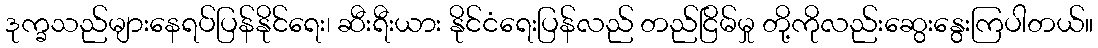
ဒုက္ခသည်များနေရပ်ပြန်နိုင်ရေး၊ ဆီးရီးယား နိုင်ငံရေးပြန်လည် တည်ငြိမ်မှု တို့ကိုလည်းဆွေးနွေးကြပါတယ်။